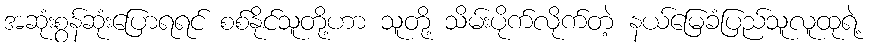
အဆုံးစွန်ဆုံးပြောရရင် စစ်နိုင်သူတို့ဟာ သူတို့ သိမ်းပိုက်လိုက်တဲ့ နယ်မြေခံပြည်သူလူထုရဲ့